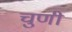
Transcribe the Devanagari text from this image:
चुणी